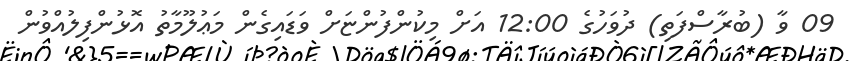
09 ވާ (ބުރާސްފަތި) ދުވަހުގެ 12:00 އަށް މިކުންފުންޏަށް ވަޑައިގެން މަޢުލޫމާތު އޮޅުންފިލުއްވުން